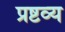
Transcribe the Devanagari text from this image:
प्रष्टव्य